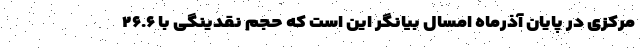
مرکزی در پایان آذرماه امسال بیانگر این است که حجم نقدینگی با ۲۶.۶